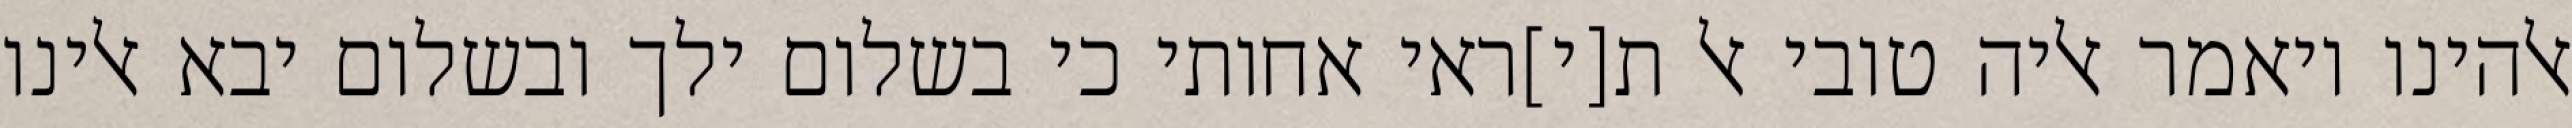
אלהינו ויאמר אליה טובי אל ת[י]ראי אחותי כי בשלום ילך ובשלום יבא אלינו